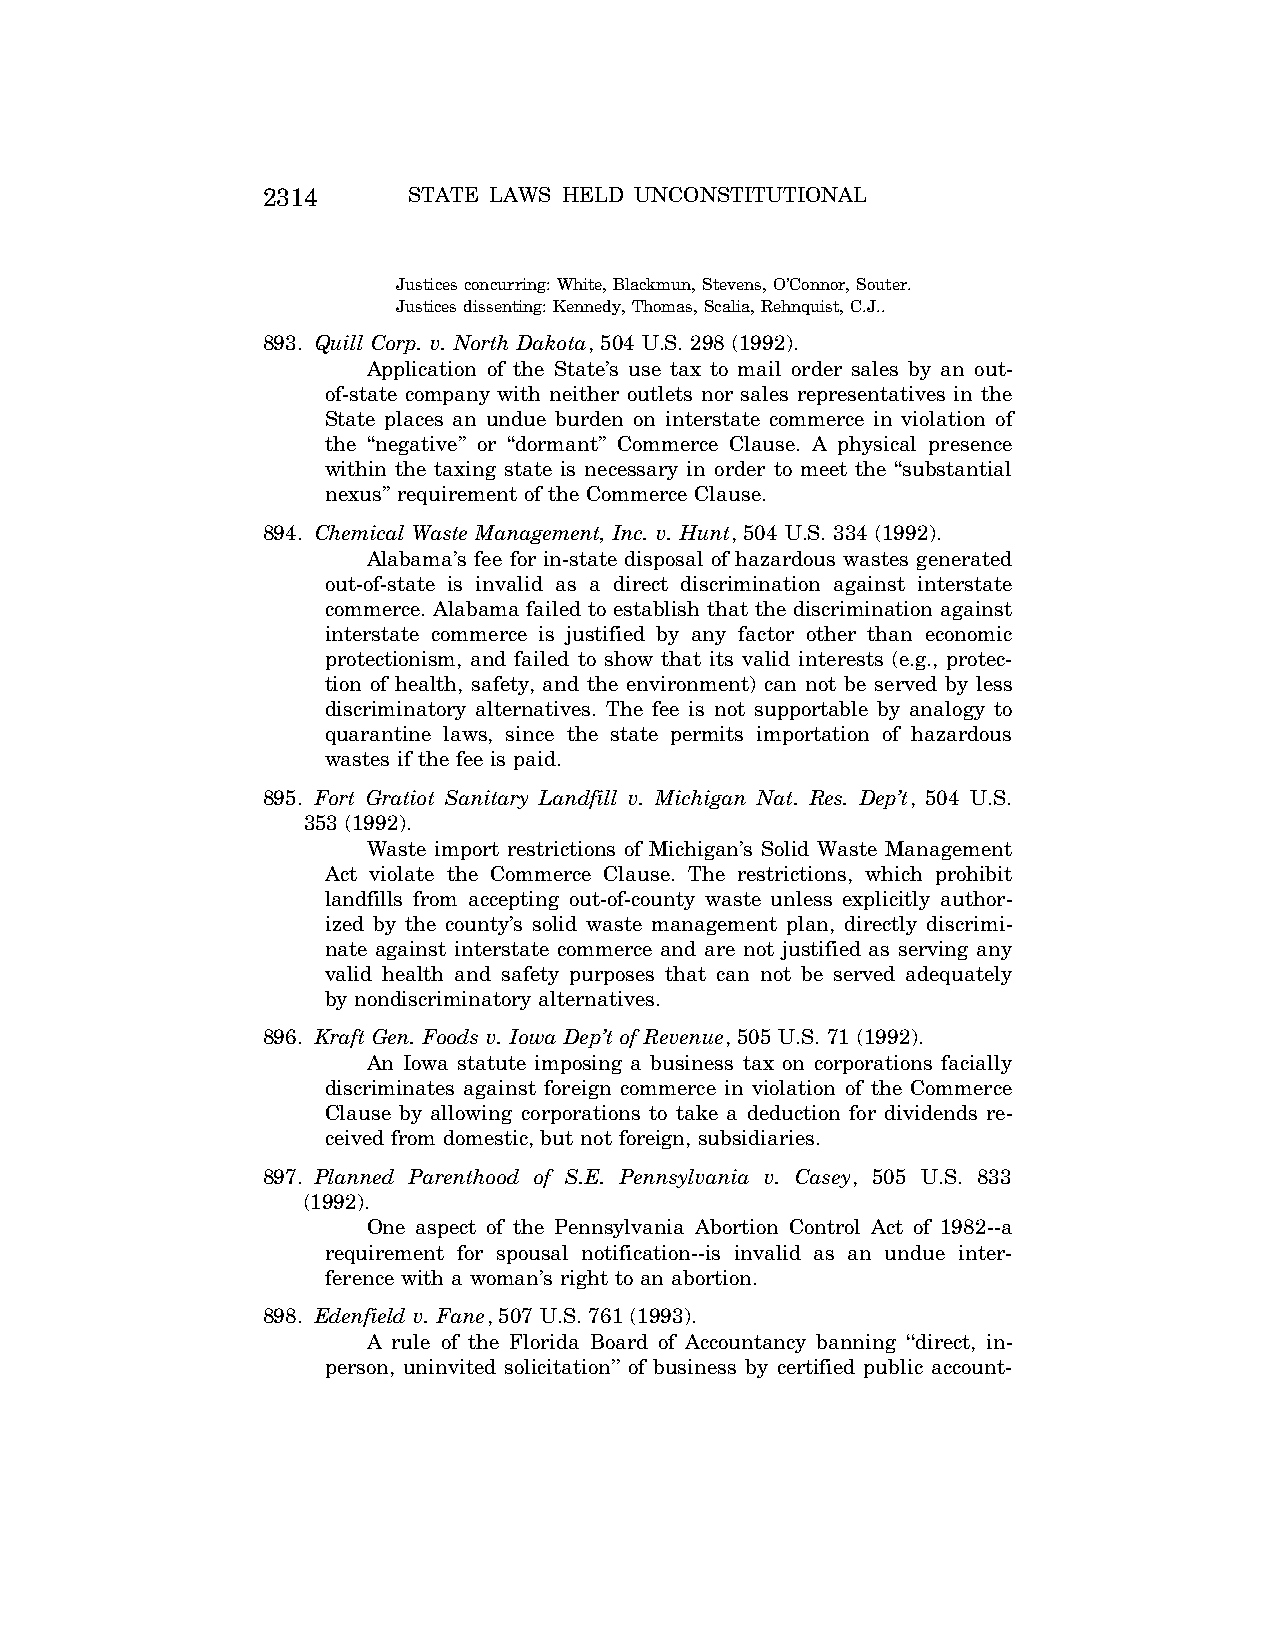
2314      STATE LAWS HELD UNCONSTITUTIONAL
 Justices concurring: White, Blackmun, Stevens, O’Connor, Souter.
 Justices dissenting: Kennedy, Thomas, Scalia, Rehnquist, C.J..
 893. Quill Corp. v. North Dakota, 504 U.S. 298 (1992).
 Application of the State’s use tax to mail order sales by an out-
 of-state company with neither outlets nor sales representatives in the
 State places an undue burden on interstate commerce in violation of
 the ‘‘negative’’ or ‘‘dormant’’ Commerce Clause. A physical presence
 within the taxing state is necessary in order to meet the ‘‘substantial
 nexus’’ requirement of the Commerce Clause.
 894. Chemical Waste Management, Inc. v. Hunt, 504 U.S. 334 (1992).
 Alabama’s fee for in-state disposal of hazardous wastes generated
 out-of-state is invalid as a direct discrimination against interstate
 commerce. Alabama failed to establish that the discrimination against
 interstate commerce is justified by any factor other than economic
 protectionism, and failed to show that its valid interests (e.g., protec-
 tion of health, safety, and the environment) can not be served by less
 discriminatory alternatives. The fee is not supportable by analogy to
 quarantine laws, since the state permits importation of hazardous
 wastes if the fee is paid.
 895. Fort Gratiot Sanitary Landfill v. Michigan Nat. Res. Dep’t, 504 U.S.
 353 (1992).
 Waste import restrictions of Michigan’s Solid Waste Management
 Act violate the Commerce Clause. The restrictions, which prohibit
 landfills from accepting out-of-county waste unless explicitly author-
 ized by the county’s solid waste management plan, directly discrimi-
 nate against interstate commerce and are not justified as serving any
 valid health and safety purposes that can not be served adequately
 by nondiscriminatory alternatives.
 896. Kraft Gen. Foods v. Iowa Dep’t of Revenue, 505 U.S. 71 (1992).
 An Iowa statute imposing a business tax on corporations facially
 discriminates against foreign commerce in violation of the Commerce
 Clause by allowing corporations to take a deduction for dividends re-
 ceived from domestic, but not foreign, subsidiaries.
 897. Planned Parenthood of S.E. Pennsylvania v. Casey, 505 U.S. 833
 (1992).
 One aspect of the Pennsylvania Abortion Control Act of 1982--a
 requirement for spousal notification--is invalid as an undue inter-
 ference with a woman’s right to an abortion.
 898. Edenfield v. Fane, 507 U.S. 761 (1993).
 A rule of the Florida Board of Accountancy banning ‘‘direct, in-
 person, uninvited solicitation’’ of business by certified public account-
 VerDate Aug<04>2004 12:57 Aug 23, 2004 Jkt 077500 PO 00000 Frm 00154 Fmt 8222 Sfmt 8222 C:\CONAN\CON064.SGM PRFM99 PsN: CON064